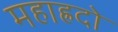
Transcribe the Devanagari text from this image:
महाह्रदो